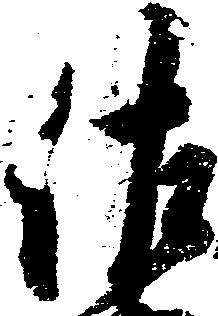
佐